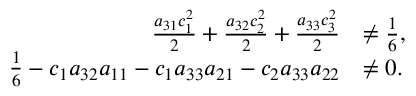
\begin{array} { r l } { \frac { a _ { 3 1 } c _ { 1 } ^ { 2 } } { 2 } + \frac { a _ { 3 2 } c _ { 2 } ^ { 2 } } { 2 } + \frac { a _ { 3 3 } c _ { 3 } ^ { 2 } } { 2 } } & { \ne \frac { 1 } { 6 } , } \\ { \frac { 1 } { 6 } - c _ { 1 } a _ { 3 2 } a _ { 1 1 } - c _ { 1 } a _ { 3 3 } a _ { 2 1 } - c _ { 2 } a _ { 3 3 } a _ { 2 2 } } & { \ne 0 . } \end{array}